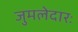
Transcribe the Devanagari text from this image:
जुमलेदारः